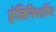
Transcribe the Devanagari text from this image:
इंजिनियारिंग